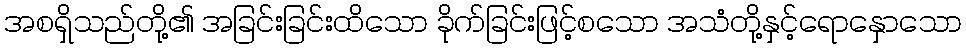
အစရှိသည်တို့၏ အခြင်းခြင်းထိသော ခိုက်ခြင်းဖြင့်စသော အသံတို့နှင့်ရောနှောသော